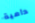
دامية